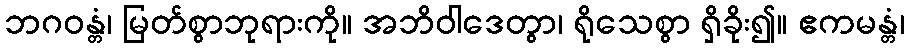
ဘဂဝန္တံ၊ မြတ်စွာဘုရားကို။ အဘိဝါဒေတွာ၊ ရိုသေစွာ ရှိခိုး၍။ ဧကမန္တံ၊